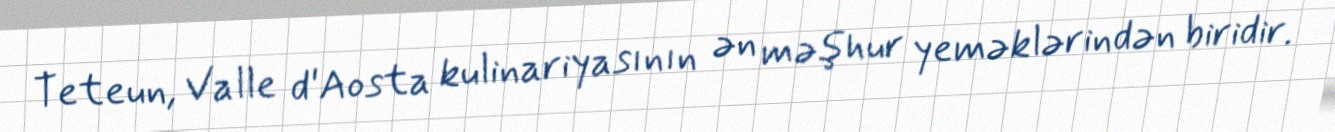
Teteun, Valle d'Aosta kulinariyasının ən məşhur yeməklərindən biridir.